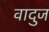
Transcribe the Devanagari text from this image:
वादुज